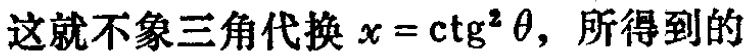
这就不象三角代换 \(x = \mathrm{ctg}^{2} \theta\)，所得到的